Scottish Leaving Certificate Examination, 1961
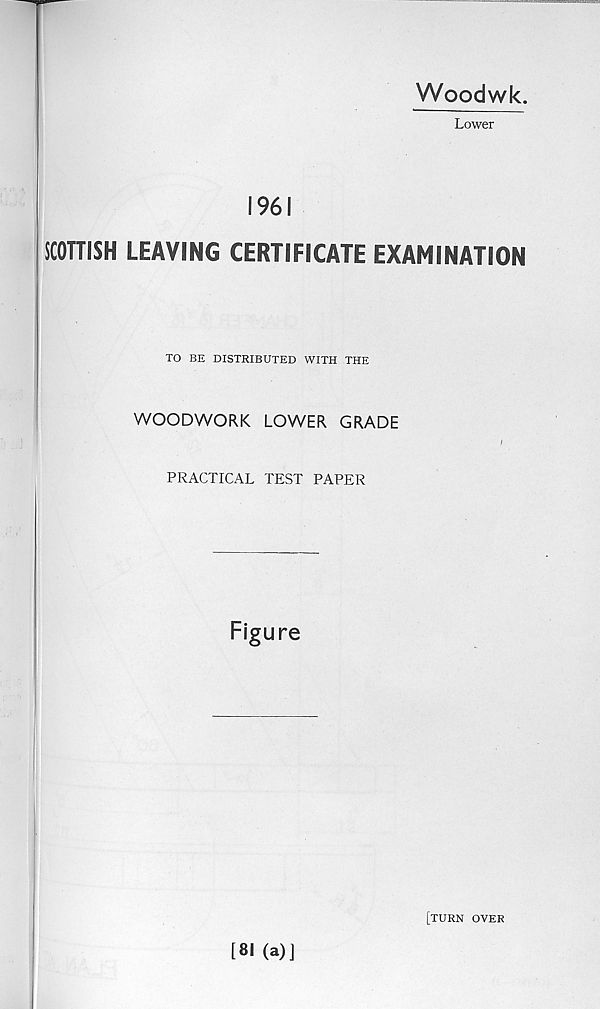
Woodwk.
Lower
1961
iCOHISH LEAVING CERTIFICATE EXAMINATION
TO BE DISTRIBUTED WITH THE
WOODWORK LOWER GRADE
PRACTICAL TEST PAPER
Figure
[81 (a)J
[TURN OVER